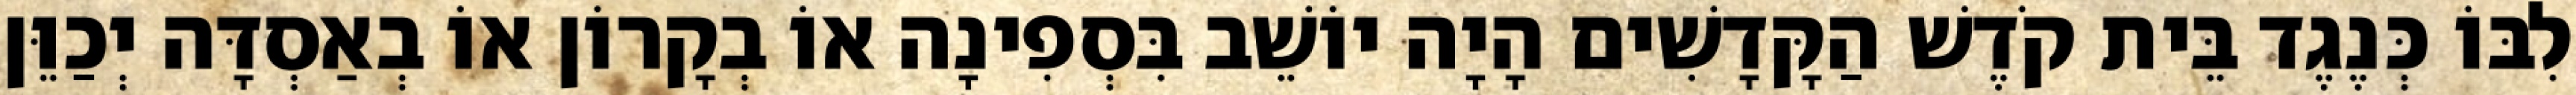
לִבּוֹ כְּנֶגֶד בֵּית קֹדֶשׁ הַקָּדָשִׁים הָיָה יוֹשֵׁב בִּסְפִינָה אוֹ בְקָרוֹן אוֹ בְאַסְדָּה יְכַוֵּן